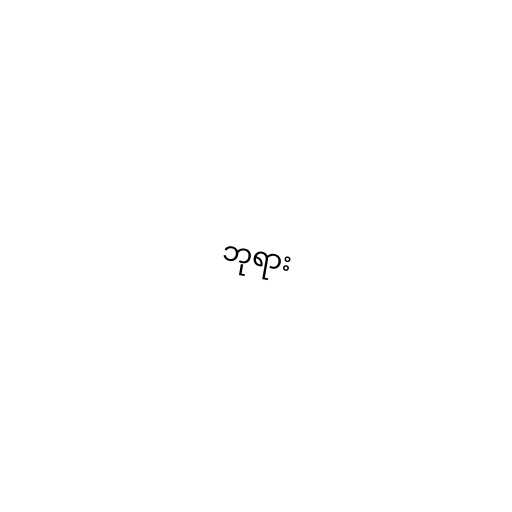
ဘုရား